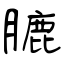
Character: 膔